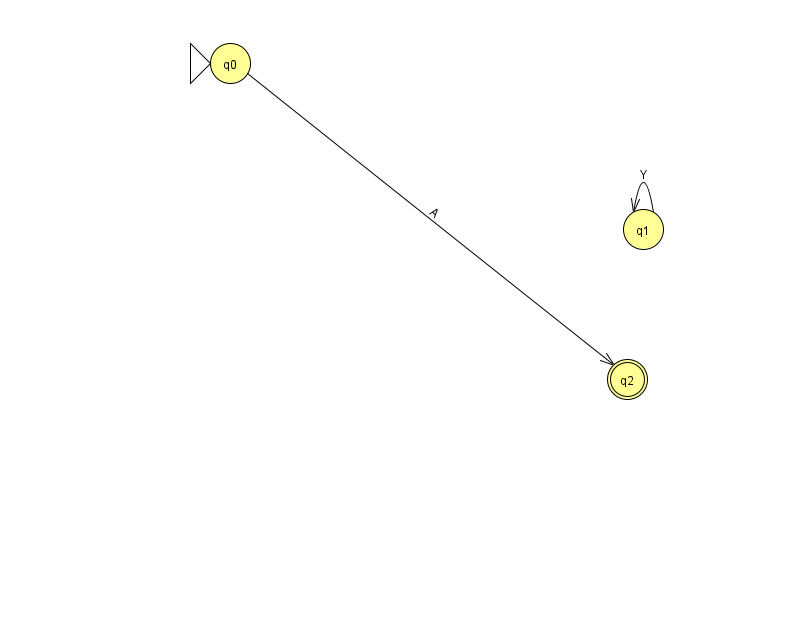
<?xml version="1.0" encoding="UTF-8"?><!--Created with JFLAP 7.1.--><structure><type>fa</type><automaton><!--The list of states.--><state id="0" name="q0"><x>230.0</x><y>50.0</y><initial/></state><state id="1" name="q1"><x>643.0</x><y>216.0</y></state><state id="2" name="q2"><x>627.0</x><y>366.0</y><final/></state><!--The list of transitions.--><transition><from>1</from><to>1</to><read>Y</read></transition><transition><from>0</from><to>2</to><read>A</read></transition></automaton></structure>